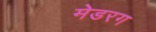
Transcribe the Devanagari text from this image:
मेडरग